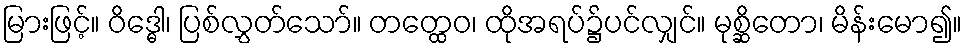
မြားဖြင့်။ ဝိဒ္ဓေါ၊ ပြစ်လွှတ်သော်။ တတ္ထေဝ၊ ထိုအရပ်၌ပင်လျှင်။ မုစ္ဆိတော၊ မိန်းမော၍။